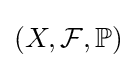
(X,{\mathcal {F}},\mathbb {P} )